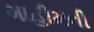
માહીમની